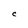
Character: C